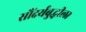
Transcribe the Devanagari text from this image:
सौंदर्यबुद्धीला